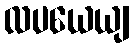
လပယေယျ